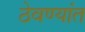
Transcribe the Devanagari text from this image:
ठेवण्यांत